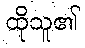
ထိုသူ၏